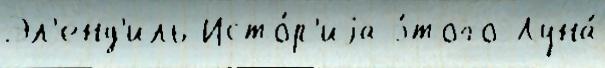
Эл'енд'иль Исто́р'иjа э́того Луна́